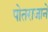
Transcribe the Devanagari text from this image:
पोतराजाने